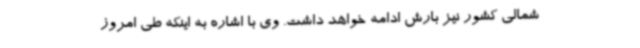
شمالی کشور نیز بارش ادامه خواهد داشت. وی با اشاره به اینکه طی امروز